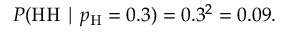
P ( { \mathrm { H H } } \mid p _ { \mathrm { H } } = 0 . 3 ) = 0 . 3 ^ { 2 } = 0 . 0 9 .